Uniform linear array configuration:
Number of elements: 16
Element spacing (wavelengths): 1
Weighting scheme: blackman
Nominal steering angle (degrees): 60
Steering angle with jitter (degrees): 58.355
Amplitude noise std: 0.05
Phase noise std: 0.05

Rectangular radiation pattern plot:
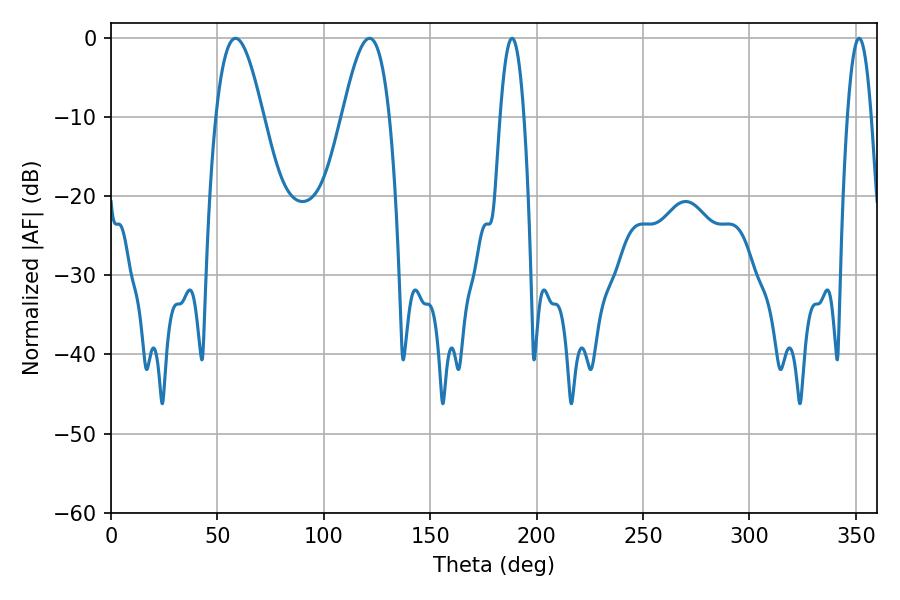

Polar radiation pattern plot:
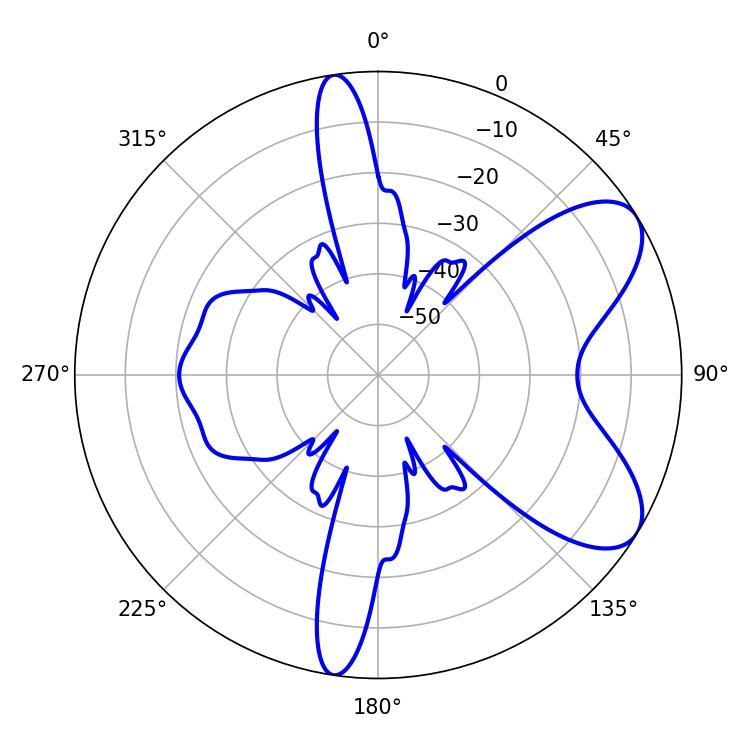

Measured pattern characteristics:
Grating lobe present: TRUE
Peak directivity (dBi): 7.446
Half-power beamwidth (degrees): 6.12
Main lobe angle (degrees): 188.46